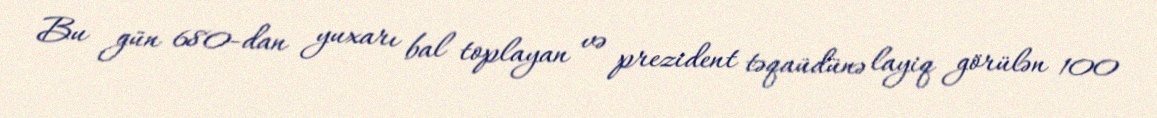
Bu gün 680-dan yuxarı bal toplayan və prezident təqaüdünə layiq görülən 100